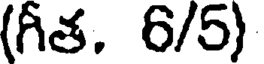
(గీత. 6/5)